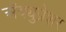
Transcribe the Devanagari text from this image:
अॅक्युप्रेशर